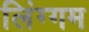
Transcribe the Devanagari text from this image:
लिंग्गम